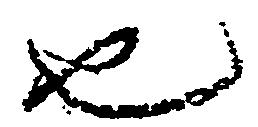
也